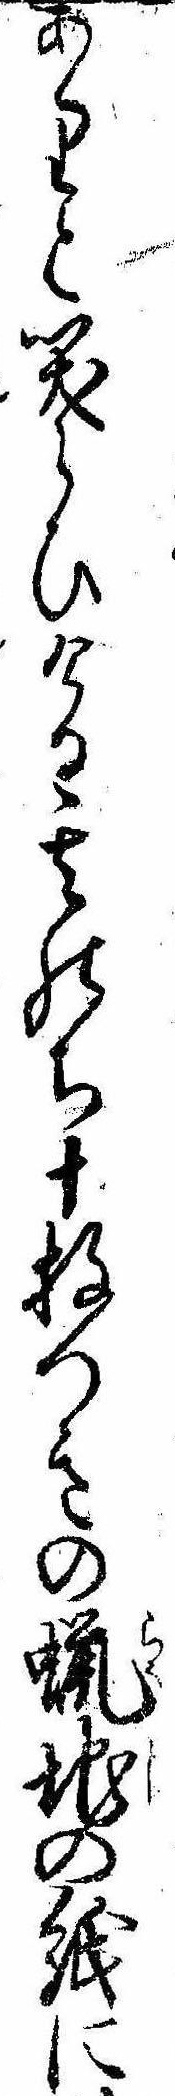
ありと笑らひける其のち十枚つきの蝋地の紙に